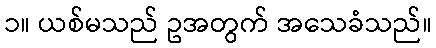
၁။ ယစ်မသည် ဥအတွက် အသေခံသည်။